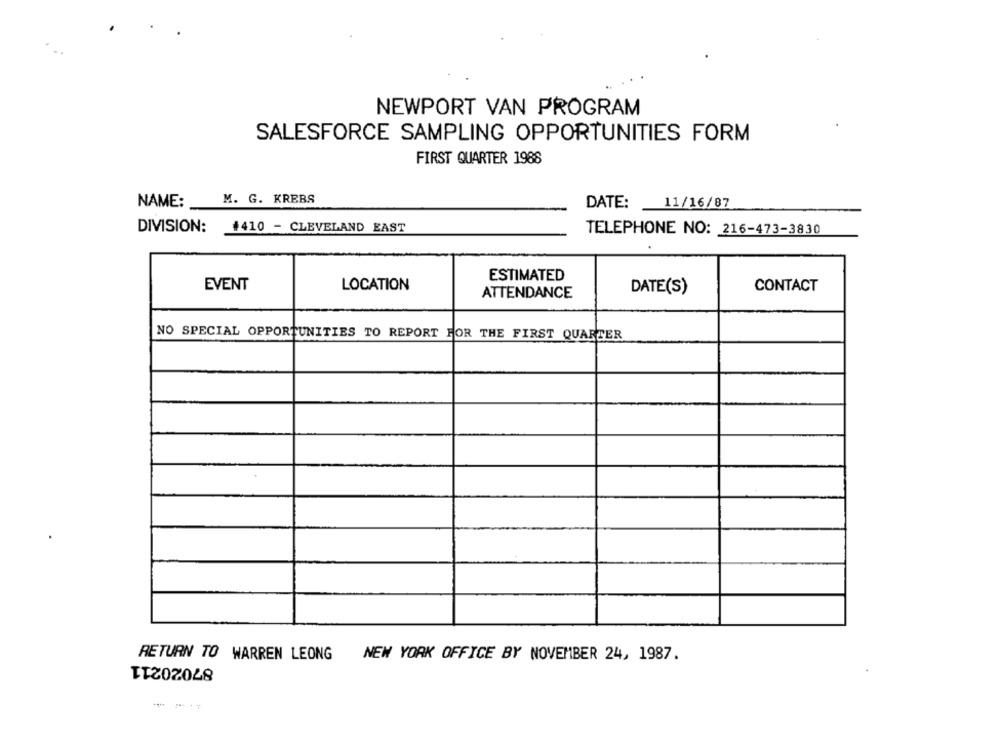
NEWPORT VAN PROGRAM
SALESFORCE SAMPLING OPPORTUNITIES FORM
FIRST QUARTER 1988
NAME: M. G. KREBS
DATE:
11/16/87
DIVISION: #410 - CLEVELAND EAST
TELEPHONE NO: 216-473-3830
ESTIMATED
EVENT
LOCATION
DATE(S)
CONTACT
ATTENDANCE
NO SPECIAL OPPORTUNITIES TO REPORT FOR THE FIRST QUARTER
RETURN TO WARREN LEONG
87020211
NEW YORK OFFICE BY NOVEMBER 24, 1987.